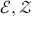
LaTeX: { \mathcal { E } } , { \mathcal { Z } }